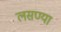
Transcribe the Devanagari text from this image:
लसण्या